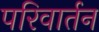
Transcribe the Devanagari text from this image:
परिवार्तन